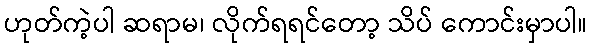
ဟုတ်ကဲ့ပါ ဆရာမ၊ လိုက်ရရင်တော့ သိပ် ကောင်းမှာပါ။